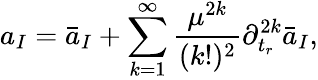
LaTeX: a_{I}=\bar{a}_{I}+\sum_{k=1}^{\infty}{\frac{\mu^{2k}}{(k!)^{2}}}\partial_{t_{r}}^{2k}\bar{a}_{I},